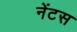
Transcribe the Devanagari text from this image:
नेंटस